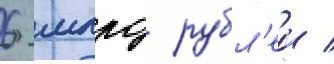
6 млрд рубл'еи /